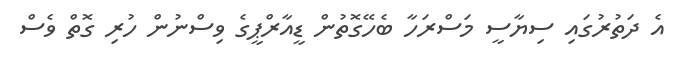
އެ ދަތުރުގައި ސިޔާސީ މަސްރަހާ ބެހޭގޮތުން ޑީއާރްޕީގެ ވިސްނުން ހުރި ގޮތް ވެސް